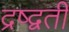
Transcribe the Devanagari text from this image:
द्रष्द्वती